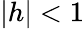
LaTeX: |h|<1